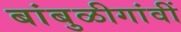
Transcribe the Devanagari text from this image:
बांबुळीगांवीं